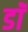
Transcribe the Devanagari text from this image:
डाॅॅ